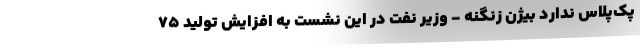
پک‌پلاس ندارد بیژن زنگنه - وزیر نفت در این نشست به افزایش تولید ۷۵